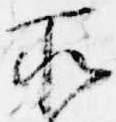
所